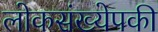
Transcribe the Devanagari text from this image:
लोकसंख्येपकी